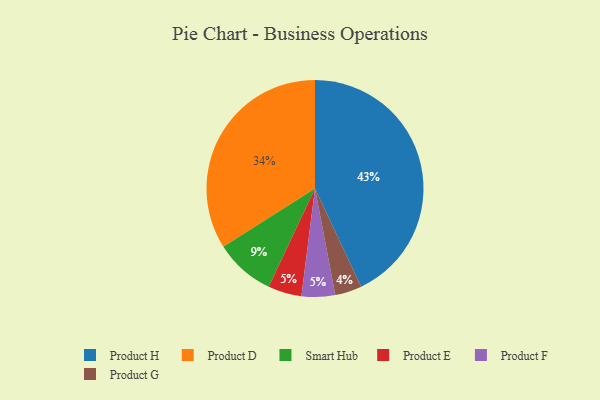
{"axis": {"x": "Category", "y": "Percentage"}, "legend": ["Product D", "Product E", "Product F", "Product G", "Product H", "Smart Hub"], "data": [{"x": "Product H", "y": 43, "type": "Product H"}, {"x": "Product E", "y": 5, "type": "Product E"}, {"x": "Product F", "y": 5, "type": "Product F"}, {"x": "Smart Hub", "y": 9, "type": "Smart Hub"}, {"x": "Product G", "y": 4, "type": "Product G"}, {"x": "Product D", "y": 34, "type": "Product D"}]}